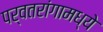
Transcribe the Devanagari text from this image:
पर्वतरांगामध्ये